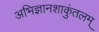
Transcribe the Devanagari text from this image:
अभिज्ञानशाकुंतलम्‌